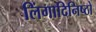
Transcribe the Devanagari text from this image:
लिंगादिनिष्ठो